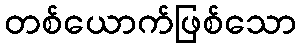
တစ်ယောက်ဖြစ်သော